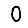
Digit: 0